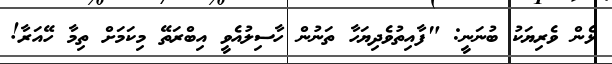
ޅެން ވެރިޔަކު ބުނަނީ: "ފާއިތުވެދިޔަހާ ތަނުން ހާސިލުއެވީ އިބްރަތޭ މިކަމަށް ތިމާ ހޭއަރާ!